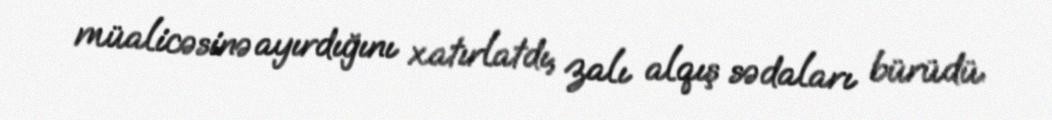
müalicəsinə ayırdığını xatırlatdı, zalı alqış sədaları bürüdü.